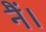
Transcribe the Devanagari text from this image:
नैं।